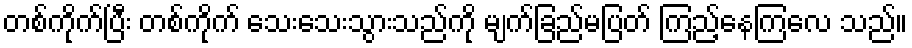
တစ်ကိုက်ပြီး တစ်ကိုက် သေးသေးသွားသည်ကို မျက်ခြည်မပြတ် ကြည့်နေကြလေ သည်။